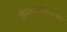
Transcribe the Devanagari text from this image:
विमानतळाबाहेरही